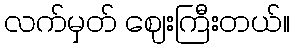
လက်မှတ် ဈေးကြီးတယ်။